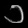
Digit: ၁